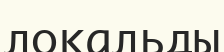
локальды